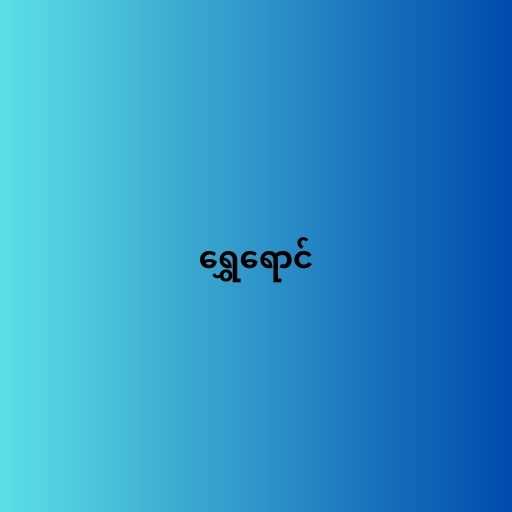
ရွှေရောင်